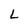
Character: L